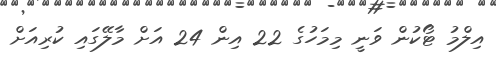
އިލްމު ޓޯކުން ވަނީ މިމަހުގެ 22 އިން 24 އަށް މާލޭގައި ކުރިއަށް